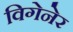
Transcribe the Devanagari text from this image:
विगेनेर